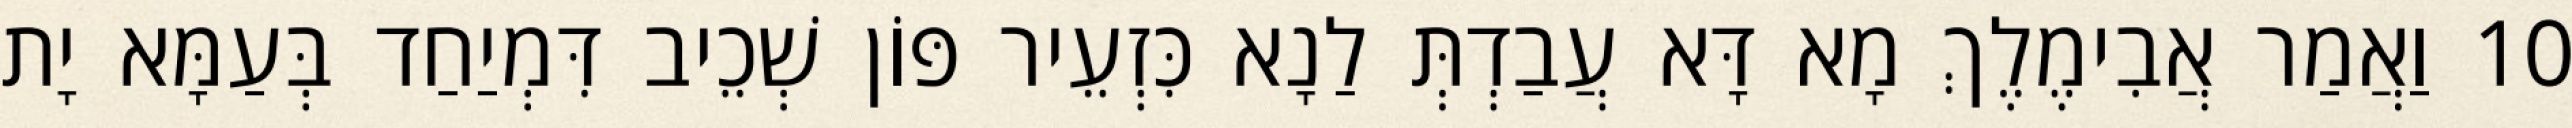
10 וַאֲמַר אֲבִימֶלֶךְ מָא דָּא עֲבַדְתְּ לַנָא כִּזְעֵיר פּוֹן שְׁכֵיב דִּמְיַחַד בְּעַמָּא יָת